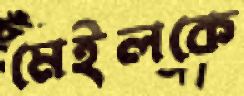
মেইলকে